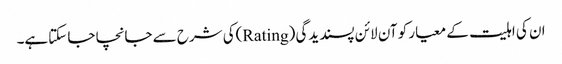
ان کی اہلیت کے معیار کو آن لائن پسندیدگی (Rating)کی شرح سے جانچا جا سکتاہے۔